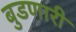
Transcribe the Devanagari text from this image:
बुडणारी